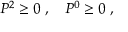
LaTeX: P ^ { 2 } \ge 0 \; , \quad P ^ { 0 } \ge 0 \; ,